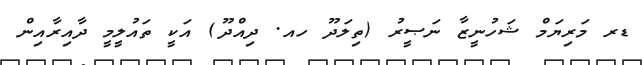
ޑރ މަރިޔަމް ޝަހުނީޒާ ނަޞީރު (ތިލަދޫ ހއ. ދިއްދޫ) އަކީ ތައުލީމީ ދާއިރާއިން